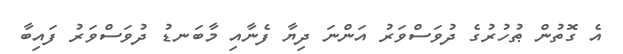
އެ ގޮތުން ޠުހުރުގެ ދުވަސްވަރު އަންނަ ދިޔާ ފެނާއި މާބަނޑު ދުވަސްވަރު ފައިބާ